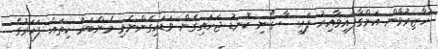
ހާޒިރުވާން އަންގާފައިވާއިރު ފައިސާ ގޯނި ކޮނޑު ޖަހައިގެން ވަޑައިގެންނެވި މެންބަރު ކިތައް ފަހަރުގެ